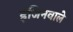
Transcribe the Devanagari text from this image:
इंजिनवाले